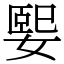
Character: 媐